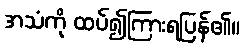
အသံကို ထပ်၍ကြားရပြန်၏။